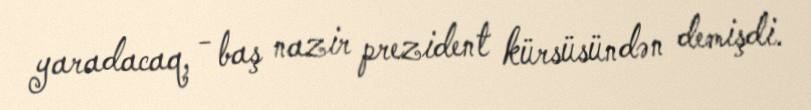
yaradacaq, - baş nazir prezident kürsüsündən demişdi.